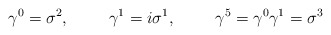
\begin{align*}\gamma^0=\sigma^2, \hspace{1cm} \gamma^1=i \sigma^1, \hspace{1cm}\gamma^5=\gamma^0 \gamma^1=\sigma^3\end{align*}